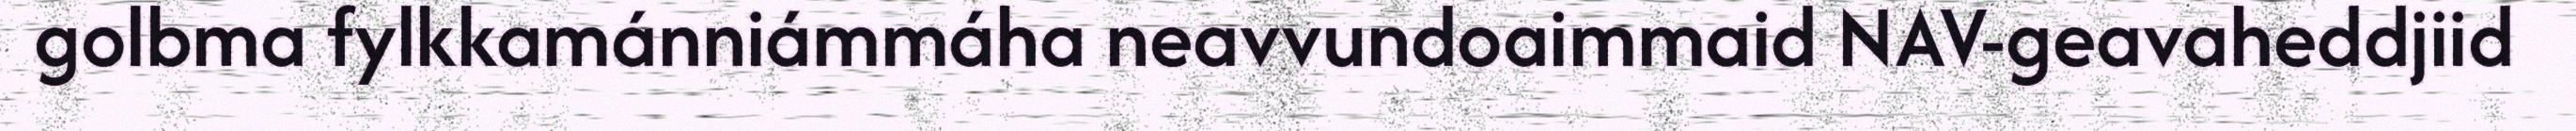
golbma fylkkamánniámmáha neavvundoaimmaid NAV-geavaheddjiid